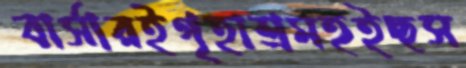
বার্সারইগৃহাশ্রমহইছস